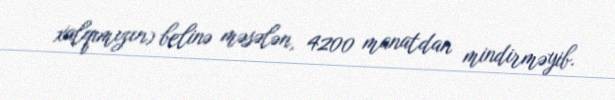
xalqımızın) belinə məsələn, 4200 manatdan mindirməyib.